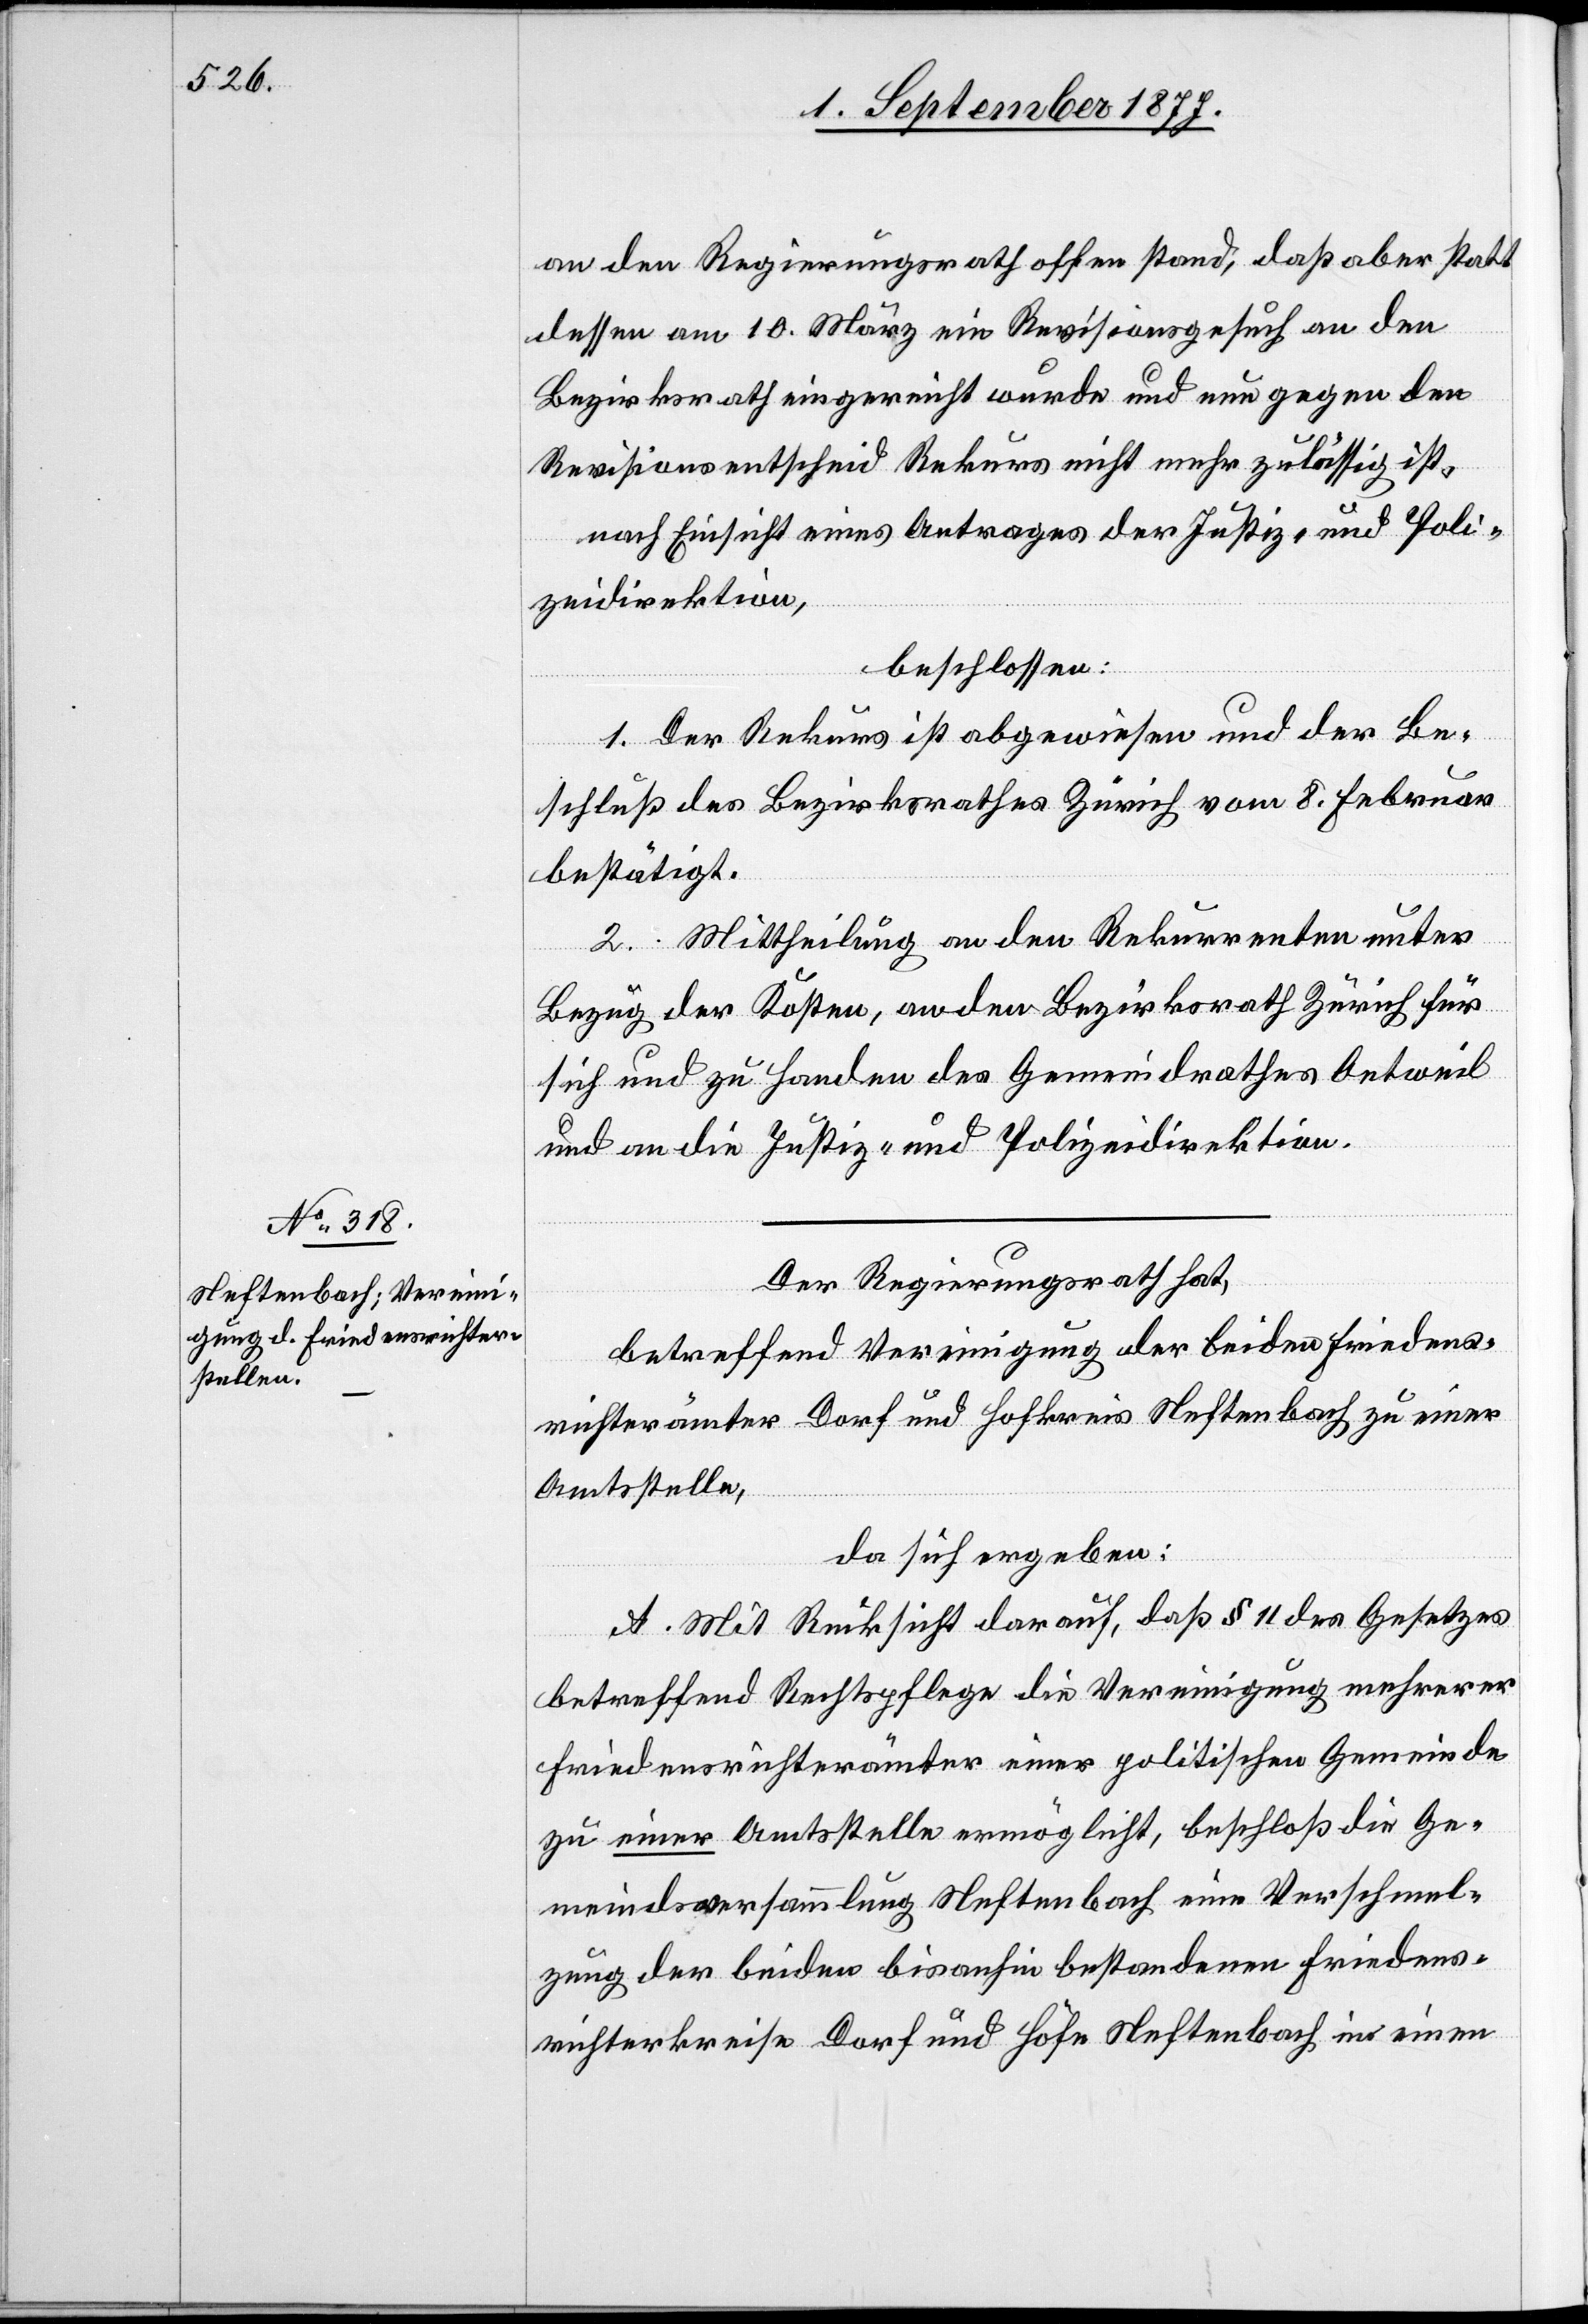
Der Regierungsrath hat,
betreffend Vereinigung der beiden Friedens¬
richterämter Dorf und Hofkreis Neftenbach zu einer
Amtsstelle,
da sich ergeben:
A. Mit Rücksicht darauf, daß § 11 des Gesetzes
betreffend Rechtspflege die Vereinigung mehrerer
Friedensrichterämter einer politischen Gemeinde
zu einer Amtsstelle ermöglicht, beschloß die Ge¬
meindsversammlung Neftenbach eine Verschmel¬
zung der beiden bisanhin bestandenen Friedens¬
richterkreise Dorf und Höfe Neftenbach in einen